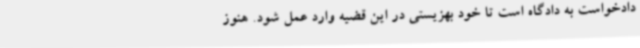
دادخواست به دادگاه است تا خود بهزیستی در این قضیه وارد عمل شود. هنوز